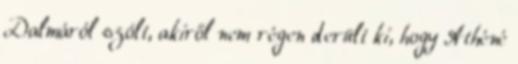
Dalmáról szólt, akiről nem régen derült ki, hogy Athéné